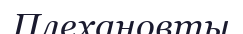
Плехановты